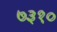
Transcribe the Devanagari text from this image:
७३१०